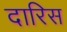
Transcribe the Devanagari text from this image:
दारिस